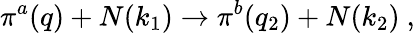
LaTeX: \pi^{a}(q)+N(k_{1})\to\pi^{b}(q_{2})+N(k_{2})~,